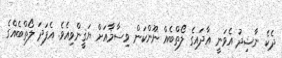
ދެކެ ނާޝިދު އެވަނީ އާދައިގެ ލޯތްބެއް ނޫންކަން ވިސާމާއަށް ޔަޤީންވިއެވެ. އެފަދަ ލޯތްބެއްގެ